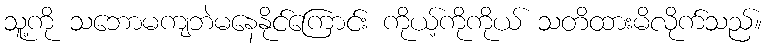
သူ့ကို သဘောမကျဘဲမနေနိုင်ကြောင်း ကိုယ့်ကိုကိုယ် သတိထားမိလိုက်သည်။